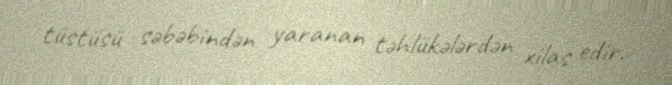
tüstüsü səbəbindən yaranan təhlükələrdən xilas edir.